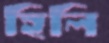
হিলি